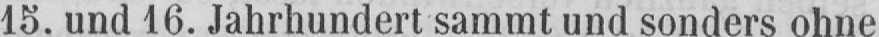
15. und 16. Jahrhundert sammt und sonders ohne